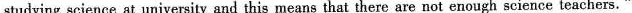
studying science at university and this means that there are not enough science teachers."